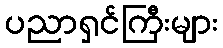
ပညာရှင်ကြီးများ